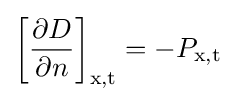
\left[{\frac {\partial D}{\partial n}}\right]_{\text{x,t}}=-P_{\text{x,t}}